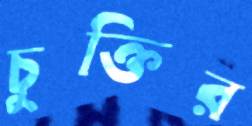
চুক্তির